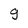
Character: g